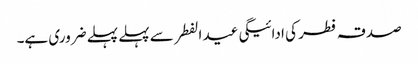
صدقہ فطر کی ادائیگی عید الفطر سے پہلے پہلے ضروری ہے۔